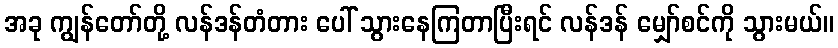
အခု ကျွန်တော်တို့ လန်ဒန်တံတား ပေါ် သွားနေကြတာပြီးရင် လန်ဒန် မျှော်စင်ကို သွားမယ်။